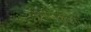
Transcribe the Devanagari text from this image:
मिमिकुच्या